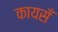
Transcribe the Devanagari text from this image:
कायसँ